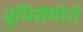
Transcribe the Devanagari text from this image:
बुमिसेगोरो